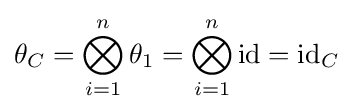
\theta _{C}=\bigotimes _{i=1}^{n}\theta _{1}=\bigotimes _{i=1}^{n}\mathrm {id} =\mathrm {id} _{C}